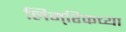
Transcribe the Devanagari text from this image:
लिम्‌रिकच्या